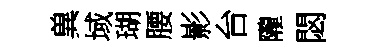
兾域瑚腰影台隴閟